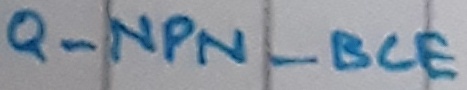
Text: Q_NPN_BCE